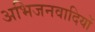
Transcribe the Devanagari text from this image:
अभिजनवादियों